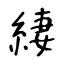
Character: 緀